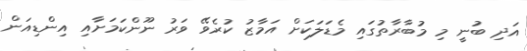
އަދި ބުނީ މި މުބާރާތުގައި މެޑަލަކަށް އަމާޒު ކުރެވޭ ވަރު ނޫންކަމަށާއި އިންޑިއަން